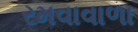
રમવાવાળા